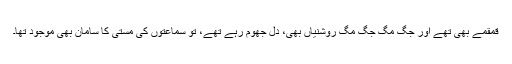
قمقمے بھی تھے اور جگ مگ جگ مگ روشنیاں بھی، دل جھوم رہے تھے، تو سماعتوں کی مستی کا سامان بھی موجود تھا۔